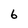
Character: 6